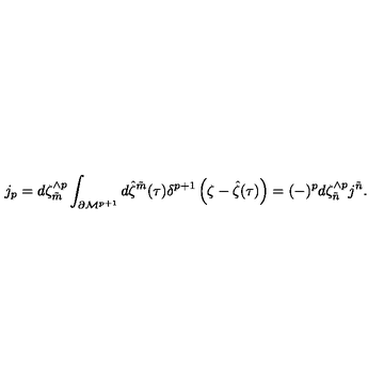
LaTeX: j _ { p } = d \zeta _ { \tilde { m } } ^ { \wedge p } \int _ { \partial { \cal M } ^ { p + 1 } } d { \hat { \zeta } } ^ { \tilde { m } } ( \tau ) \delta ^ { p + 1 } \left( \zeta - { \hat { \zeta } } ( \tau ) \right) = ( - ) ^ { p } d \zeta _ { \tilde { n } } ^ { \wedge p } j ^ { \tilde { n } } . \qquad